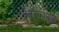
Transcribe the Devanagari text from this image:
गलतफमियां